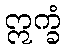
ဣက္ခံ